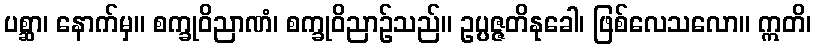
ပစ္ဆာ၊ နောက်မှ။ စက္ခုဝိညာဏံ၊ စက္ခုဝိညာဉ်သည်။ ဥပ္ပဇ္ဇတိနုခေါ၊ ဖြစ်လေသလော။ ဣတိ၊